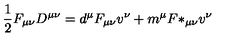
{ \frac { 1 } { 2 } } F _ { \mu \nu } D ^ { \mu \nu } = d ^ { \mu } F _ { \mu \nu } v ^ { \nu } + m ^ { \mu } { F * } _ { \mu \nu } v ^ { \nu }